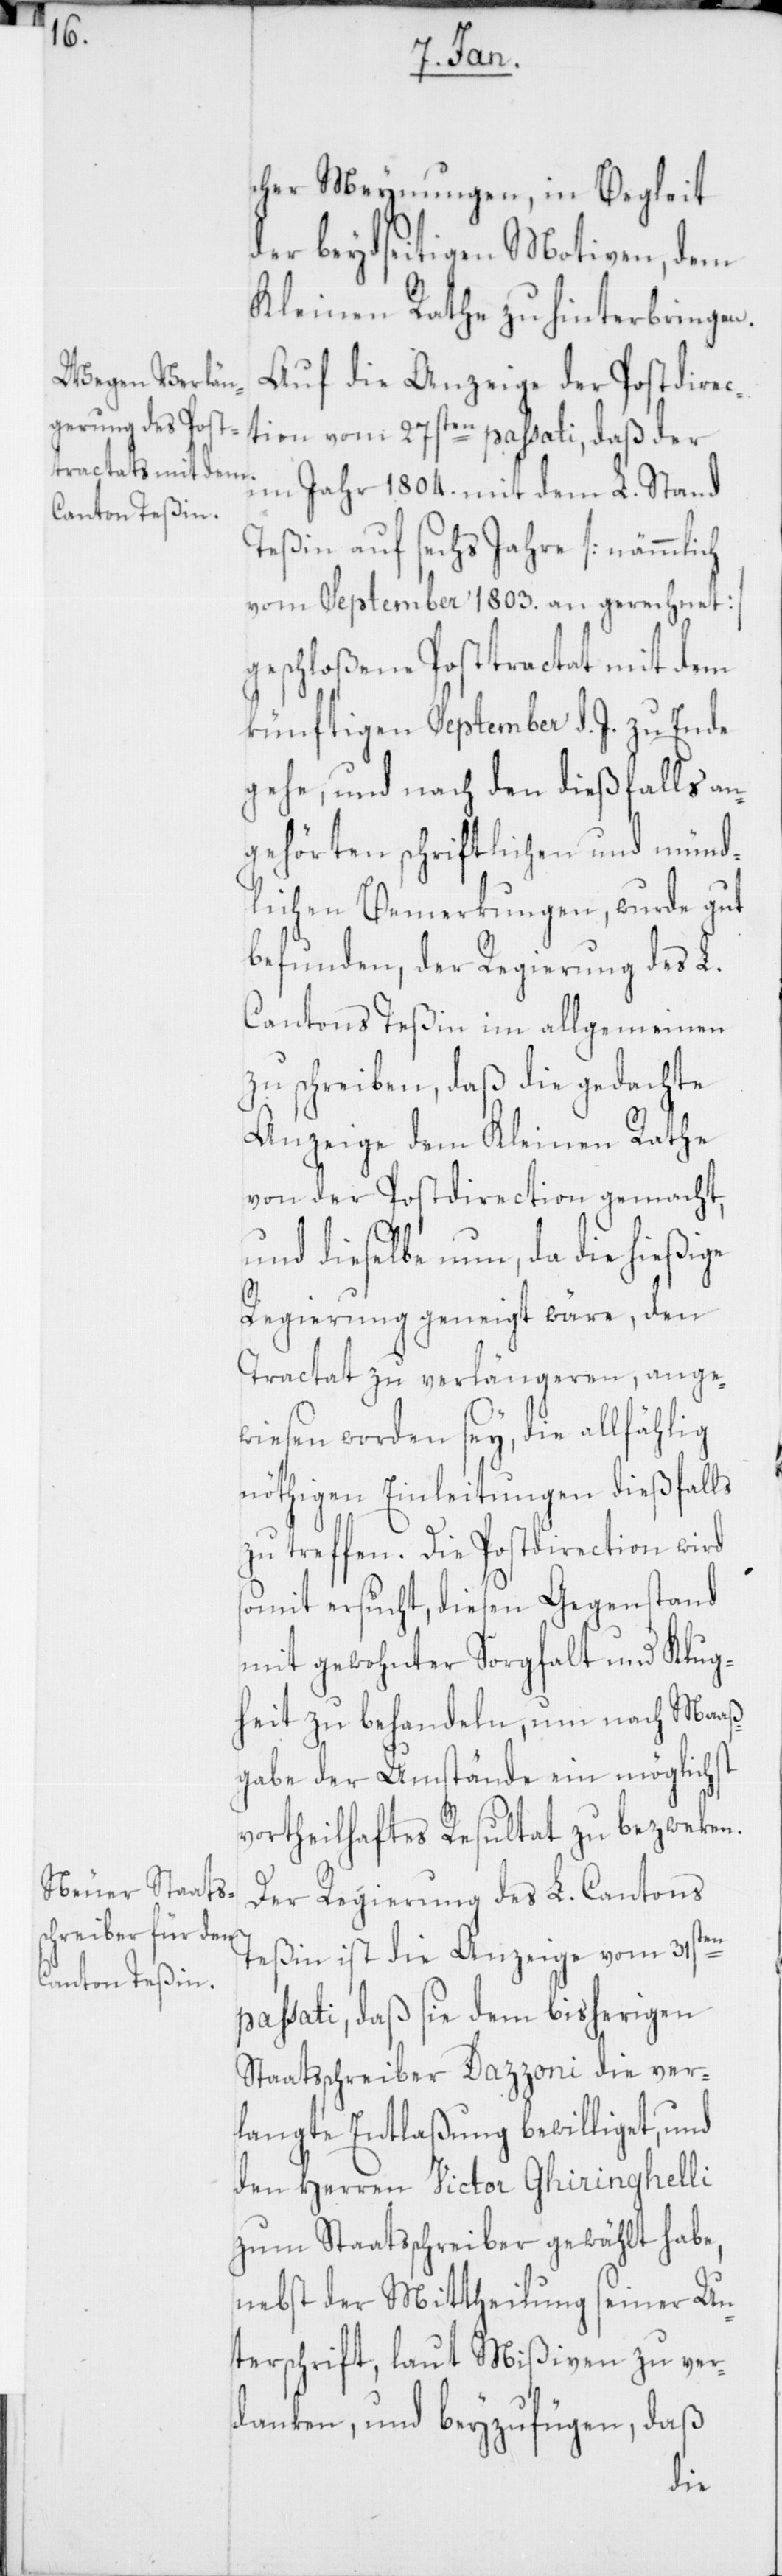
cher Meinungen, in Begleit
der beydseitigen Motiven, dem
Kleinen Rathe zu hinterbringen.
Auf die Anzeige des Postdirec¬
tion vom 27sten passati, daß der
im Jahr 1804 mit dem L. Stand
Teßin auf sechs Jahre [nämmlich
vom September 1803. an gerechnet]
geschloßene Posttractat mit dem
künftigen September d. J. zu Ende
gehe, und nach den dießfalls an¬
gehörten schriftlichen und münd¬
lichen Bemerkungen, wurde gut
befunden, der Regierung des L.
Cantons Teßin im allgemeinen
zu schreiben, daß die gedachte
Anzeige dem Kleinen Rathe
von der Postdirection gemacht,
und dieselbe nun, da die hießige
Regierung geneigt wäre, den
Tractat zu verlängeren, ange¬
wiesen worden sey, die allfählig
nöthigen Einleitungen dießfalls
zu treffen. Die Postdirection wird
somit ersucht, diesen Gegenstand
mit gewohnter Sorgfalt und Klug¬
heit zu behandeln, um nach Maaß¬
gabe der Umstände ein möglichst
vortheilhaftes Resultat zu bezweken.
Der Regierung des L. Cantons
Teßin ist die Anzeige vom 31sten
passati, daß sie dem bisherigen
Staatsschreiber Dazzoni die ver¬
langte Entlaßung bewilliget, und
den Herren Victor Ghiringhelli
zum Staatsschreiber gewählt habe,
nebst der Mittheilung seiner Un¬
terschrift, laut Mißiven zu ver¬
danken, und beyzufügen, daß